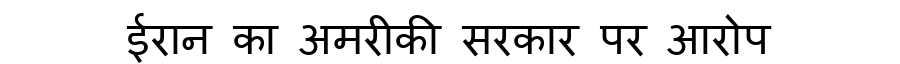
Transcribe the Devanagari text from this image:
ईरान का अमरीकी सरकार पर आरोप